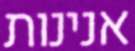
אנינות